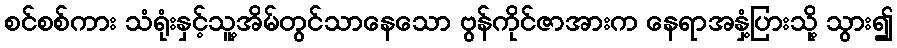
စင်စစ်ကား သံရုံးနှင့်သူ့အိမ်တွင်သာနေသော ဗွန်ကိုင်ဇာအားက နေရာအနှံ့ပြားသို့ သွား၍